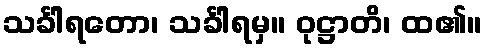
သင်္ခါရတော၊ သင်္ခါရမှ။ ဝုဋ္ဌာတိ၊ ထ၏။